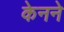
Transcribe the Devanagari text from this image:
केनने